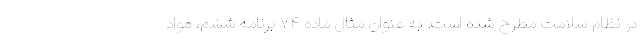
در نظام سلامت مطرح شده است. به عنوان مثال ماده ۷۴ برنامه ششم، مواد